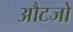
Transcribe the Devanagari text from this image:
औटजो